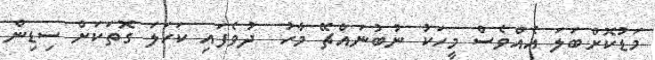
މަޑުކޮށްބަލަ އެއްވެސް މީހަކު ނުބުނައްޗޭ މާހު  ދުވެފައި ކަހަލަ ގޮތަކަށް ސިޑިން